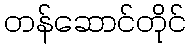
တန်ဆောင်တိုင်